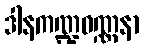
ဒါနကဏ္ဍဝဏ္ဏနာ